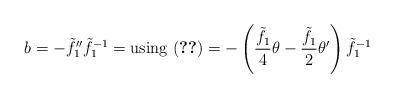
LaTeX: \begin{align*}b=-{\tilde f_1}''{\tilde f_1}^{-1}=\mbox{using \eqref{eq:inter3}}=-\left(\frac{\tilde f_1}{4}\theta-\frac{\tilde f_1}{2}\theta'\right){\tilde f_1}^{-1}\end{align*}